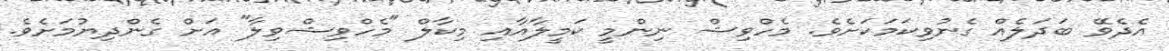
އެދެވޭ ބަދަލެއް ގެނުވިކަމަކަށެވެ. މެހްވިޝް ނިންމީ ކަމީލާއާއި މިކާލް "މެހްވިޝްވިލާ" އަށް ގެންދިޔުމަށެވެ.